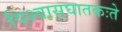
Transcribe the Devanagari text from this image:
विश्वासघातकःते